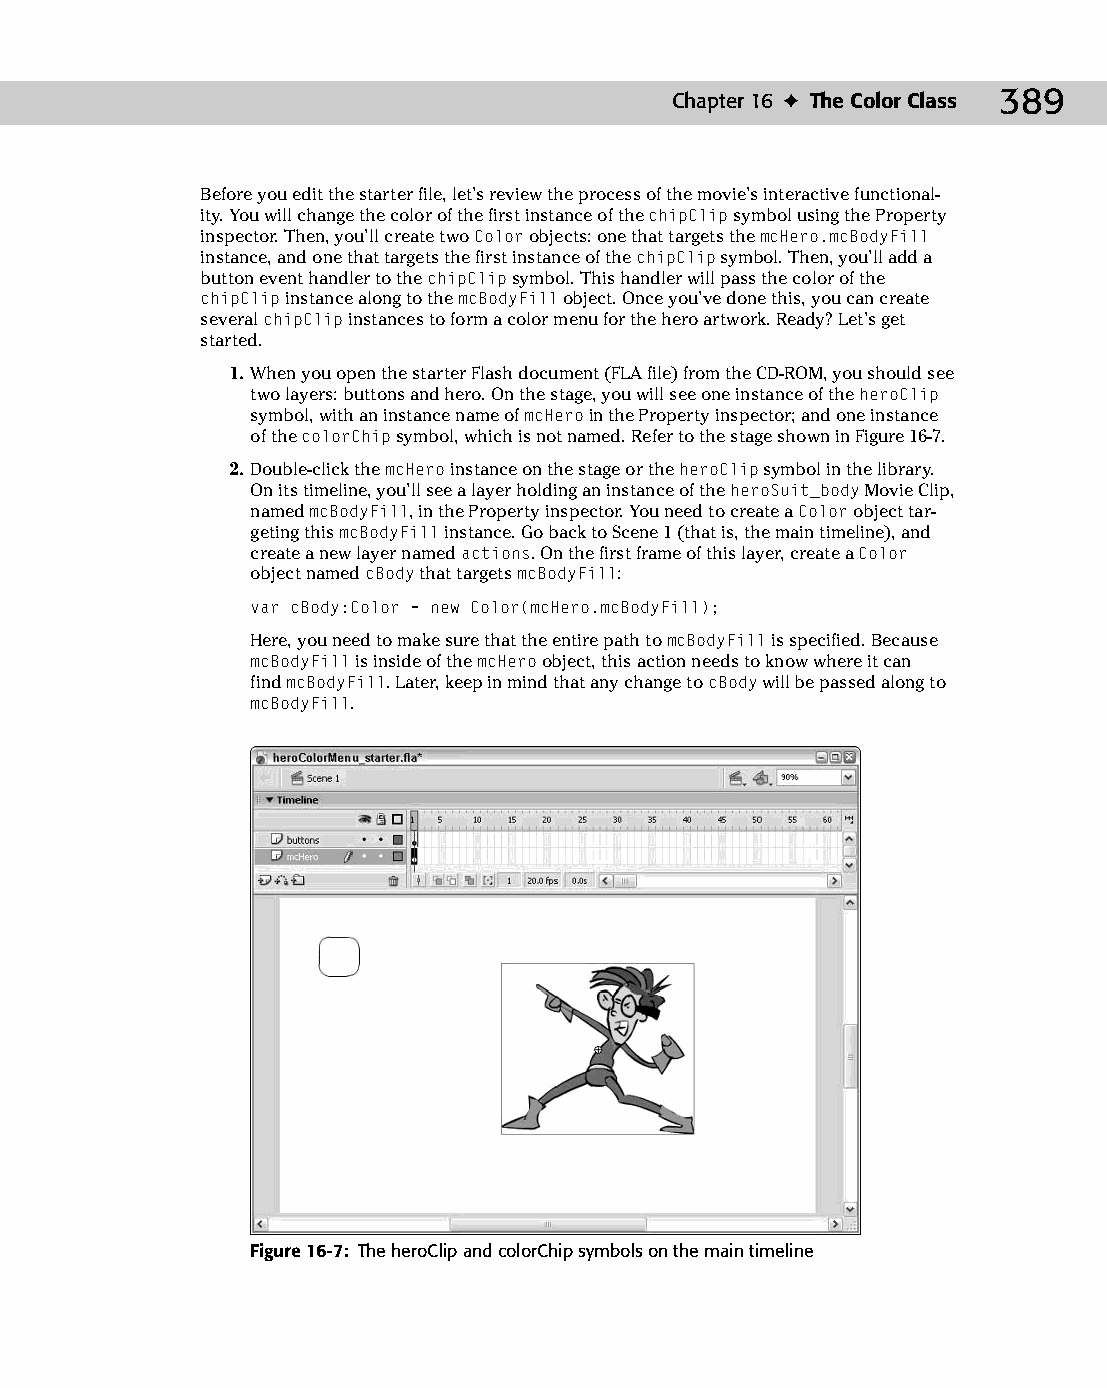
22 543547 ch16.qxd 3/24/04 4:11 PM Page 389
 Chapter 16 ✦ The Color Class 389
 Before you edit the starter file, let’s review the process of the movie’s interactive functional­
 ity. You will change the color of the first instance of the chipClip symbol using the Property
 inspector. Then, you’ll create two Color objects: one that targets the mcHero.mcBodyFill
 instance, and one that targets the first instance of the chipClip symbol. Then, you’ll add a
 button event handler to the chipClip symbol. This handler will pass the color of the
 chipClip instance along to the mcBodyFill object. Once you’ve done this, you can create
 several chipClip instances to form a color menu for the hero artwork. Ready? Let’s get
 started.
 1. When you open the starter Flash document (FLA file) from the CD-ROM, you should see
 two layers: buttons and hero. On the stage, you will see one instance of the heroClip
 symbol, with an instance name of mcHero in the Property inspector; and one instance
 of the colorChip symbol, which is not named. Refer to the stage shown in Figure 16-7.
 2. Double-click the mcHero instance on the stage or the heroClip symbol in the library.
 On its timeline, you’ll see a layer holding an instance of the heroSuit_body Movie Clip,
 named mcBodyFill, in the Property inspector. You need to create a Color object tar­
 geting this mcBodyFill instance. Go back to Scene 1 (that is, the main timeline), and
 create a new layer named actions. On the first frame of this layer, create a Color
 object named cBody that targets mcBodyFill:
 var cBody:Color = new Color(mcHero.mcBodyFill);
 Here, you need to make sure that the entire path to mcBodyFill is specified. Because
 mcBodyFill is inside of the mcHero object, this action needs to know where it can
 find mcBodyFill. Later, keep in mind that any change to cBody will be passed along to
 mcBodyFill.
 Figure 16-7: The heroClip and colorChip symbols on the main timeline